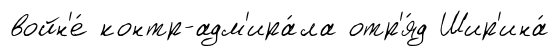
войн'е́ контр-адм'ира́ла отр'я́д Шир'ина́